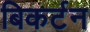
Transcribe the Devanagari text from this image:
बिकर्टन